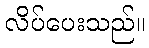
လိပ်ပေးသည်။